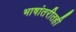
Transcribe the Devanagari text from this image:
भाषांतरीतही